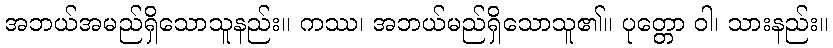
အဘယ်အမည်ရှိသောသူနည်း။ ကဿ၊ အဘယ်မည်ရှိသောသူ၏။ ပုတ္တော ဝါ၊ သားနည်း။